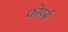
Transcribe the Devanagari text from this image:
कोपर्स